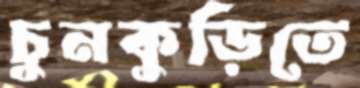
চুনকুড়িতে